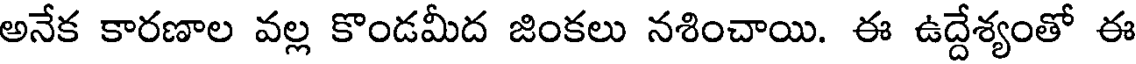
అనేక కారణాల వల్ల కొండమీద జింకలు నశించాయి. ఈ ఉద్దేశ్యంతో ఈ